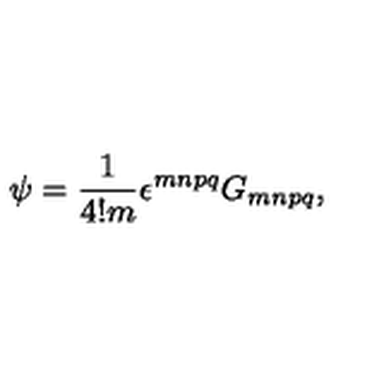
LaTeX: \psi = \frac { 1 } { 4 ! m } \epsilon ^ { m n p q } G _ { m n p q } ,